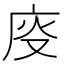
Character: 𱝄